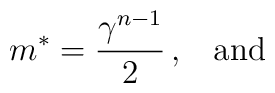
m\sp {*} = {\gamma\sp {n-1} \over 2}\,,\;\;\;{\rm and}